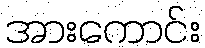
အားကောင်း